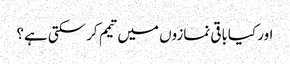
اور کیاباقی نمازوں میں تیمم کرسکتی ہے؟